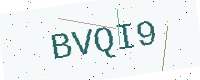
Text: BVQI9